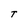
Character: T